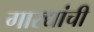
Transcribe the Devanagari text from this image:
गारद्यांची